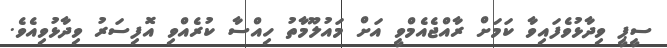
ސީޕީ ވިދާޅުވެފައިވާ ކަމަށް ރާއްޖެއެމްވީ އަށް މައުލޫމާތު ހިއްސާ ކުރެއްވި އޮފިސަރު ވިދާޅުވިއެވެ.